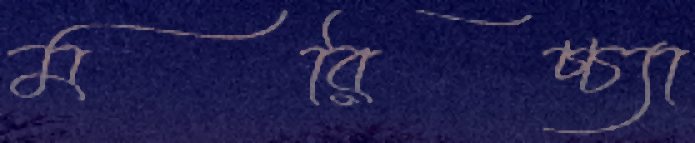
মরিচ্চ্যা